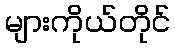
များကိုယ်တိုင်